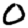
Digit: 0